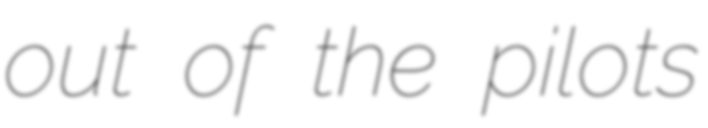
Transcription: out of the pilots